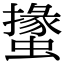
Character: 𧑝